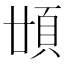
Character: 𩑪